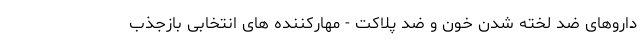
داروهای ضد لخته شدن خون و ضد پلاکت - مهارکننده های انتخابی بازجذب